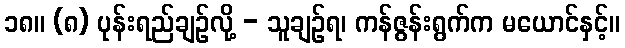
၁၈။ (၈) ပုန်းရည်ချဉ်လို့ - သူချဉ်ရ၊ ကန်ဇွန်းရွက်က မယောင်နှင့်။